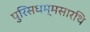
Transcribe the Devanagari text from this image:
पुरिसधम्मसारथि